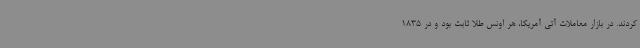
کردند. در بازار معاملات آتی آمریکا، هر اونس طلا ثابت بود و در 1835